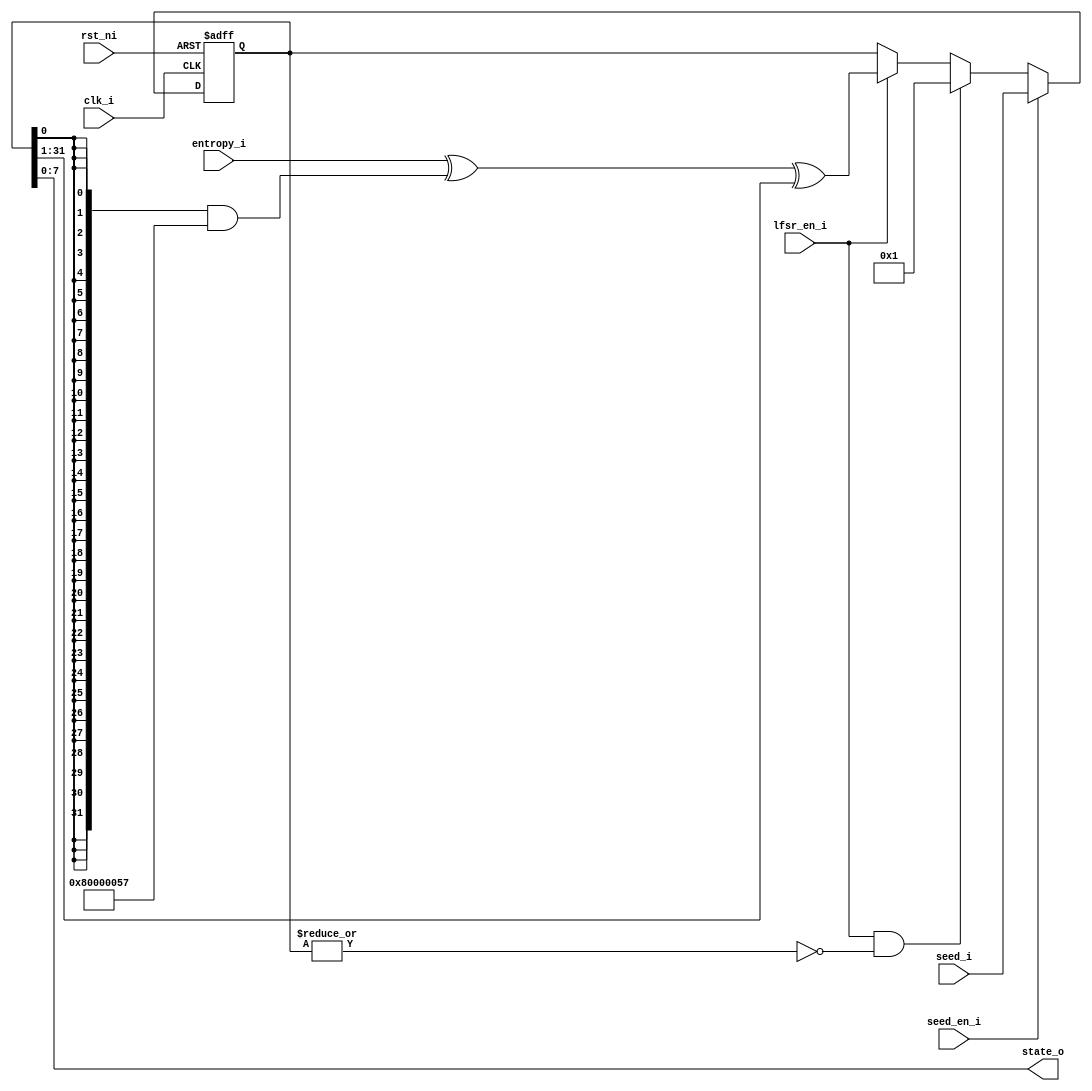
module prim_lfsr (
	clk_i,
	rst_ni,
	seed_en_i,
	seed_i,
	lfsr_en_i,
	entropy_i,
	state_o
);
	parameter _sv2v_width_LfsrType = 56;
	parameter [_sv2v_width_LfsrType - 1:0] LfsrType = "GAL_XOR";
	parameter [31:0] LfsrDw = 32;
	parameter [31:0] EntropyDw = 8;
	parameter [31:0] StateOutDw = 8;
	function automatic signed [LfsrDw - 1:0] sv2v_cast_FFBD2_signed;
		input reg signed [LfsrDw - 1:0] inp;
		sv2v_cast_FFBD2_signed = inp;
	endfunction
	parameter [LfsrDw - 1:0] DefaultSeed = sv2v_cast_FFBD2_signed(1);
	parameter [LfsrDw - 1:0] CustomCoeffs = 1'sb0;
	parameter [0:0] MaxLenSVA = 1'b1;
	parameter [0:0] LockupSVA = 1'b1;
	parameter [0:0] ExtSeedSVA = 1'b1;
	input clk_i;
	input rst_ni;
	input seed_en_i;
	input [LfsrDw - 1:0] seed_i;
	input lfsr_en_i;
	input [EntropyDw - 1:0] entropy_i;
	output wire [StateOutDw - 1:0] state_o;
	localparam [31:0] GAL_XOR_LUT_OFF = 4;
	localparam [3903:0] GAL_XOR_COEFFS = {64'h0000000000000009, 64'h0000000000000012, 64'h0000000000000021, 64'h0000000000000041, 64'h000000000000008e, 64'h0000000000000108, 64'h0000000000000204, 64'h0000000000000402, 64'h0000000000000829, 64'h000000000000100d, 64'h0000000000002015, 64'h0000000000004001, 64'h0000000000008016, 64'h0000000000010004, 64'h0000000000020013, 64'h0000000000040013, 64'h0000000000080004, 64'h0000000000100002, 64'h0000000000200001, 64'h0000000000400010, 64'h000000000080000d, 64'h0000000001000004, 64'h0000000002000023, 64'h0000000004000013, 64'h0000000008000004, 64'h0000000010000002, 64'h0000000020000029, 64'h0000000040000004, 64'h0000000080000057, 64'h0000000100000029, 64'h0000000200000073, 64'h0000000400000002, 64'h000000080000003b, 64'h000000100000001f, 64'h0000002000000031, 64'h0000004000000008, 64'h000000800000001c, 64'h0000010000000004, 64'h000002000000001f, 64'h000004000000002c, 64'h0000080000000032, 64'h000010000000000d, 64'h0000200000000097, 64'h0000400000000010, 64'h000080000000005b, 64'h0001000000000038, 64'h000200000000000e, 64'h0004000000000025, 64'h0008000000000004, 64'h0010000000000023, 64'h002000000000003e, 64'h0040000000000023, 64'h008000000000004a, 64'h0100000000000016, 64'h0200000000000031, 64'h040000000000003d, 64'h0800000000000001, 64'h1000000000000013, 64'h2000000000000034, 64'h4000000000000001, 64'h800000000000000d};
	localparam [31:0] FIB_XNOR_LUT_OFF = 3;
	localparam [27887:0] FIB_XNOR_COEFFS = {168'h000000000000000000000000000000000000000006, 168'h00000000000000000000000000000000000000000c, 168'h000000000000000000000000000000000000000014, 168'h000000000000000000000000000000000000000030, 168'h000000000000000000000000000000000000000060, 168'h0000000000000000000000000000000000000000b8, 168'h000000000000000000000000000000000000000110, 168'h000000000000000000000000000000000000000240, 168'h000000000000000000000000000000000000000500, 168'h000000000000000000000000000000000000000829, 168'h00000000000000000000000000000000000000100d, 168'h000000000000000000000000000000000000002015, 168'h000000000000000000000000000000000000006000, 168'h00000000000000000000000000000000000000d008, 168'h000000000000000000000000000000000000012000, 168'h000000000000000000000000000000000000020400, 168'h000000000000000000000000000000000000040023, 168'h000000000000000000000000000000000000090000, 168'h000000000000000000000000000000000000140000, 168'h000000000000000000000000000000000000300000, 168'h000000000000000000000000000000000000420000, 168'h000000000000000000000000000000000000e10000, 168'h000000000000000000000000000000000001200000, 168'h000000000000000000000000000000000002000023, 168'h000000000000000000000000000000000004000013, 168'h000000000000000000000000000000000009000000, 168'h000000000000000000000000000000000014000000, 168'h000000000000000000000000000000000020000029, 168'h000000000000000000000000000000000048000000, 168'h000000000000000000000000000000000080200003, 168'h000000000000000000000000000000000100080000, 168'h000000000000000000000000000000000204000003, 168'h000000000000000000000000000000000500000000, 168'h000000000000000000000000000000000801000000, 168'h00000000000000000000000000000000100000001f, 168'h000000000000000000000000000000002000000031, 168'h000000000000000000000000000000004400000000, 168'h00000000000000000000000000000000a000140000, 168'h000000000000000000000000000000012000000000, 168'h0000000000000000000000000000000300000c0000, 168'h000000000000000000000000000000063000000000, 168'h0000000000000000000000000000000c0000030000, 168'h0000000000000000000000000000001b0000000000, 168'h000000000000000000000000000000300003000000, 168'h000000000000000000000000000000420000000000, 168'h000000000000000000000000000000c00000180000, 168'h000000000000000000000000000001008000000000, 168'h000000000000000000000000000003000000c00000, 168'h000000000000000000000000000006000c00000000, 168'h000000000000000000000000000009000000000000, 168'h000000000000000000000000000018003000000000, 168'h000000000000000000000000000030000000030000, 168'h000000000000000000000000000040000040000000, 168'h0000000000000000000000000000c0000600000000, 168'h000000000000000000000000000102000000000000, 168'h000000000000000000000000000200004000000000, 168'h000000000000000000000000000600003000000000, 168'h000000000000000000000000000c00000000000000, 168'h000000000000000000000000001800300000000000, 168'h000000000000000000000000003000000000000030, 168'h000000000000000000000000006000000000000000, 168'h00000000000000000000000000d800000000000000, 168'h000000000000000000000000010000400000000000, 168'h000000000000000000000000030180000000000000, 168'h000000000000000000000000060300000000000000, 168'h000000000000000000000000080400000000000000, 168'h000000000000000000000000140000028000000000, 168'h000000000000000000000000300060000000000000, 168'h000000000000000000000000410000000000000000, 168'h000000000000000000000000820000000001040000, 168'h000000000000000000000001000000800000000000, 168'h000000000000000000000003000600000000000000, 168'h000000000000000000000006018000000000000000, 168'h00000000000000000000000c000000018000000000, 168'h000000000000000000000018000000600000000000, 168'h000000000000000000000030000600000000000000, 168'h000000000000000000000040200000000000000000, 168'h0000000000000000000000c0000000060000000000, 168'h000000000000000000000110000000000000000000, 168'h000000000000000000000240000000480000000000, 168'h000000000000000000000600000000003000000000, 168'h000000000000000000000800400000000000000000, 168'h000000000000000000001800000300000000000000, 168'h000000000000000000003003000000000000000000, 168'h000000000000000000004002000000000000000000, 168'h00000000000000000000c000000000000000018000, 168'h000000000000000000010000000004000000000000, 168'h000000000000000000030000c00000000000000000, 168'h0000000000000000000600000000000000000000c0, 168'h0000000000000000000c00c0000000000000000000, 168'h000000000000000000140000000000000000000000, 168'h000000000000000000200001000000000000000000, 168'h000000000000000000400800000000000000000000, 168'h000000000000000000a00000000001400000000000, 168'h000000000000000001040000000000000000000000, 168'h000000000000000002004000000000000000000000, 168'h000000000000000005000000000028000000000000, 168'h000000000000000008000000004000000000000000, 168'h000000000000000018600000000000000000000000, 168'h000000000000000030000000000000000c00000000, 168'h000000000000000040200000000000000000000000, 168'h0000000000000000c0300000000000000000000000, 168'h000000000000000100010000000000000000000000, 168'h000000000000000200040000000000000000000000, 168'h0000000000000005000000000000000a0000000000, 168'h000000000000000800000010000000000000000000, 168'h000000000000001860000000000000000000000000, 168'h000000000000003003000000000000000000000000, 168'h000000000000004010000000000000000000000000, 168'h00000000000000a000000000140000000000000000, 168'h000000000000010080000000000000000000000000, 168'h000000000000030000000000000000000180000000, 168'h000000000000060018000000000000000000000000, 168'h0000000000000c0000000000000000300000000000, 168'h000000000000140005000000000000000000000000, 168'h000000000000200000001000000000000000000000, 168'h000000000000404000000000000000000000000000, 168'h000000000000810000000000000000000000000102, 168'h000000000001000040000000000000000000000000, 168'h000000000003000000000000006000000000000000, 168'h000000000005000000000000000000000000000000, 168'h000000000008000000004000000000000000000000, 168'h000000000018000000000000000000000000030000, 168'h000000000030000000030000000000000000000000, 168'h000000000060000000000000000000000000000000, 168'h0000000000a0000014000000000000000000000000, 168'h000000000108000000000000000000000000000000, 168'h000000000240000000000000000000000000000000, 168'h000000000600000000000c00000000000000000000, 168'h000000000800000040000000000000000000000000, 168'h000000001800000000000300000000000000000000, 168'h000000002000000000000010000000000000000000, 168'h000000004008000000000000000000000000000000, 168'h00000000c000000000000000000000000000000600, 168'h000000010000080000000000000000000000000000, 168'h000000030600000000000000000000000000000000, 168'h00000004a400000000000000000000000000000000, 168'h000000080000004000000000000000000000000000, 168'h000000180000003000000000000000000000000000, 168'h000000200001000000000000000000000000000000, 168'h000000600006000000000000000000000000000000, 168'h000000c00000000000000006000000000000000000, 168'h000001000000000000100000000000000000000000, 168'h000003000000000000006000000000000000000000, 168'h000006000000003000000000000000000000000000, 168'h000008000001000000000000000000000000000000, 168'h00001800000000000000000000000000c000000000, 168'h000020000000000001000000000000000000000000, 168'h000048000000000000000000000000000000000000, 168'h0000c0000000000000006000000000000000000000, 168'h000180000000000000000000000000000000000000, 168'h000280000000000000000000000000000005000000, 168'h00060000000c000000000000000000000000000000, 168'h000c00000000000000000000000000018000000000, 168'h001800000600000000000000000000000000000000, 168'h003000000c00000000000000000000000000000000, 168'h004000000080000000000000000000000000000000, 168'h00c000300000000000000000000000000000000000, 168'h010000400000000000000000000000000000000000, 168'h030000000000000000000006000000000000000000, 168'h0600000000000000c0000000000000000000000000, 168'h0c0060000000000000000000000000000000000000, 168'h180000006000000000000000000000000000000000, 168'h3000000000c0000000000000000000000000000000, 168'h410000000000000000000000000000000000000000, 168'ha00140000000000000000000000000000000000000};
	wire lockup;
	wire [LfsrDw - 1:0] lfsr_d;
	reg [LfsrDw - 1:0] lfsr_q;
	wire [LfsrDw - 1:0] next_lfsr_state;
	wire [LfsrDw - 1:0] coeffs;
	generate
		function automatic [63:0] sv2v_cast_64;
			input reg [63:0] inp;
			sv2v_cast_64 = inp;
		endfunction
		if (sv2v_cast_64(LfsrType) == sv2v_cast_64("GAL_XOR")) begin : gen_gal_xor
			if (CustomCoeffs > 0) begin : gen_custom
				assign coeffs = CustomCoeffs[LfsrDw - 1:0];
			end
			else begin : gen_lut
				assign coeffs = GAL_XOR_COEFFS[((60 - (LfsrDw - GAL_XOR_LUT_OFF)) * 64) + (LfsrDw - 1)-:LfsrDw];
			end
			function automatic [LfsrDw - 1:0] sv2v_cast_FFBD2;
				input reg [LfsrDw - 1:0] inp;
				sv2v_cast_FFBD2 = inp;
			endfunction
			assign next_lfsr_state = (sv2v_cast_FFBD2(entropy_i) ^ ({LfsrDw {lfsr_q[0]}} & coeffs)) ^ (lfsr_q >> 1);
			assign lockup = ~(|lfsr_q);
		end
		else begin
			function automatic [63:0] sv2v_cast_64;
				input reg [63:0] inp;
				sv2v_cast_64 = inp;
			endfunction
			if (sv2v_cast_64(LfsrType) == "FIB_XNOR") begin : gen_fib_xnor
				if (CustomCoeffs > 0) begin : gen_custom
					assign coeffs = CustomCoeffs[LfsrDw - 1:0];
				end
				else begin : gen_lut
					assign coeffs = FIB_XNOR_COEFFS[((165 - (LfsrDw - FIB_XNOR_LUT_OFF)) * 168) + (LfsrDw - 1)-:LfsrDw];
				end
				function automatic [LfsrDw - 1:0] sv2v_cast_FFBD2;
					input reg [LfsrDw - 1:0] inp;
					sv2v_cast_FFBD2 = inp;
				endfunction
				assign next_lfsr_state = sv2v_cast_FFBD2(entropy_i) ^ {lfsr_q[LfsrDw - 2:0], ~(^(lfsr_q & coeffs))};
				assign lockup = &lfsr_q;
			end
		end
	endgenerate
	assign lfsr_d = (seed_en_i ? seed_i : (lfsr_en_i && lockup ? DefaultSeed : (lfsr_en_i ? next_lfsr_state : lfsr_q)));
	assign state_o = lfsr_q[StateOutDw - 1:0];
	always @(posedge clk_i or negedge rst_ni) begin : p_reg
		if (!rst_ni)
			lfsr_q <= DefaultSeed;
		else
			lfsr_q <= lfsr_d;
	end
endmodule